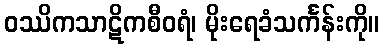
ဝဿိကသာဋိကစီဝရံ၊ မိုးရေခံသင်္ကန်းကို။